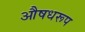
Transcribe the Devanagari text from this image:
औषधरूप